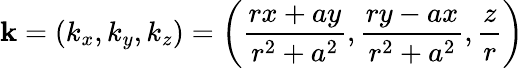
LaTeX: \mathbf{k}=(k_{x},k_{y},k_{z})=\left({\frac{rx+ay}{r^{2}+a^{2}}},{\frac{ry-ax}{r^{2}+a^{2}}},{\frac{z}{r}}\right)